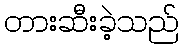
တားဆီးခဲ့သည်